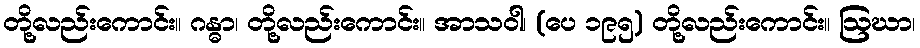
တို့လည်းကောင်း။ ဂန္ဓာ၊ တို့လည်းကောင်း။ အာသဝါ၊ (ပေ ၁၉၅) တို့လည်းကောင်း။ ဩဃာ၊